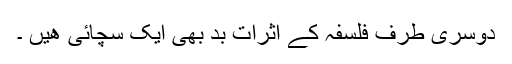
دوسری طرف فلسفہ کے اثرات بد بھی ایک سچائی ھیں ۔